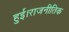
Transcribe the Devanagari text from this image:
हुई।राजनीतिक